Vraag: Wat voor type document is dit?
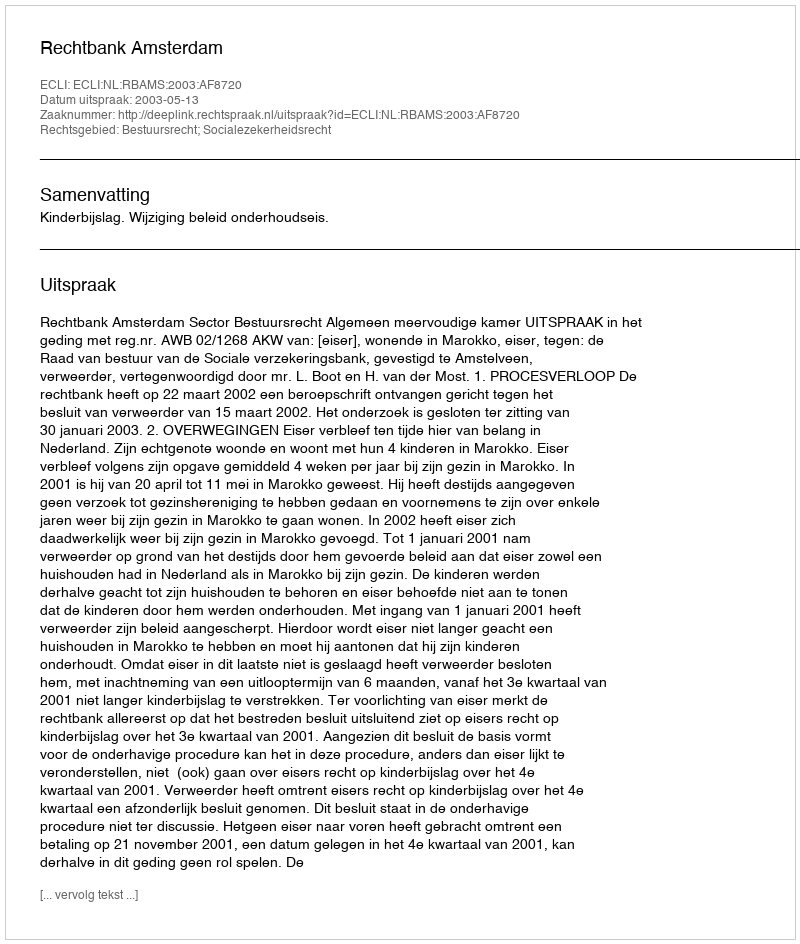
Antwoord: Uitspraak